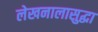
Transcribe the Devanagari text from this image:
लेखनालासुद्धा